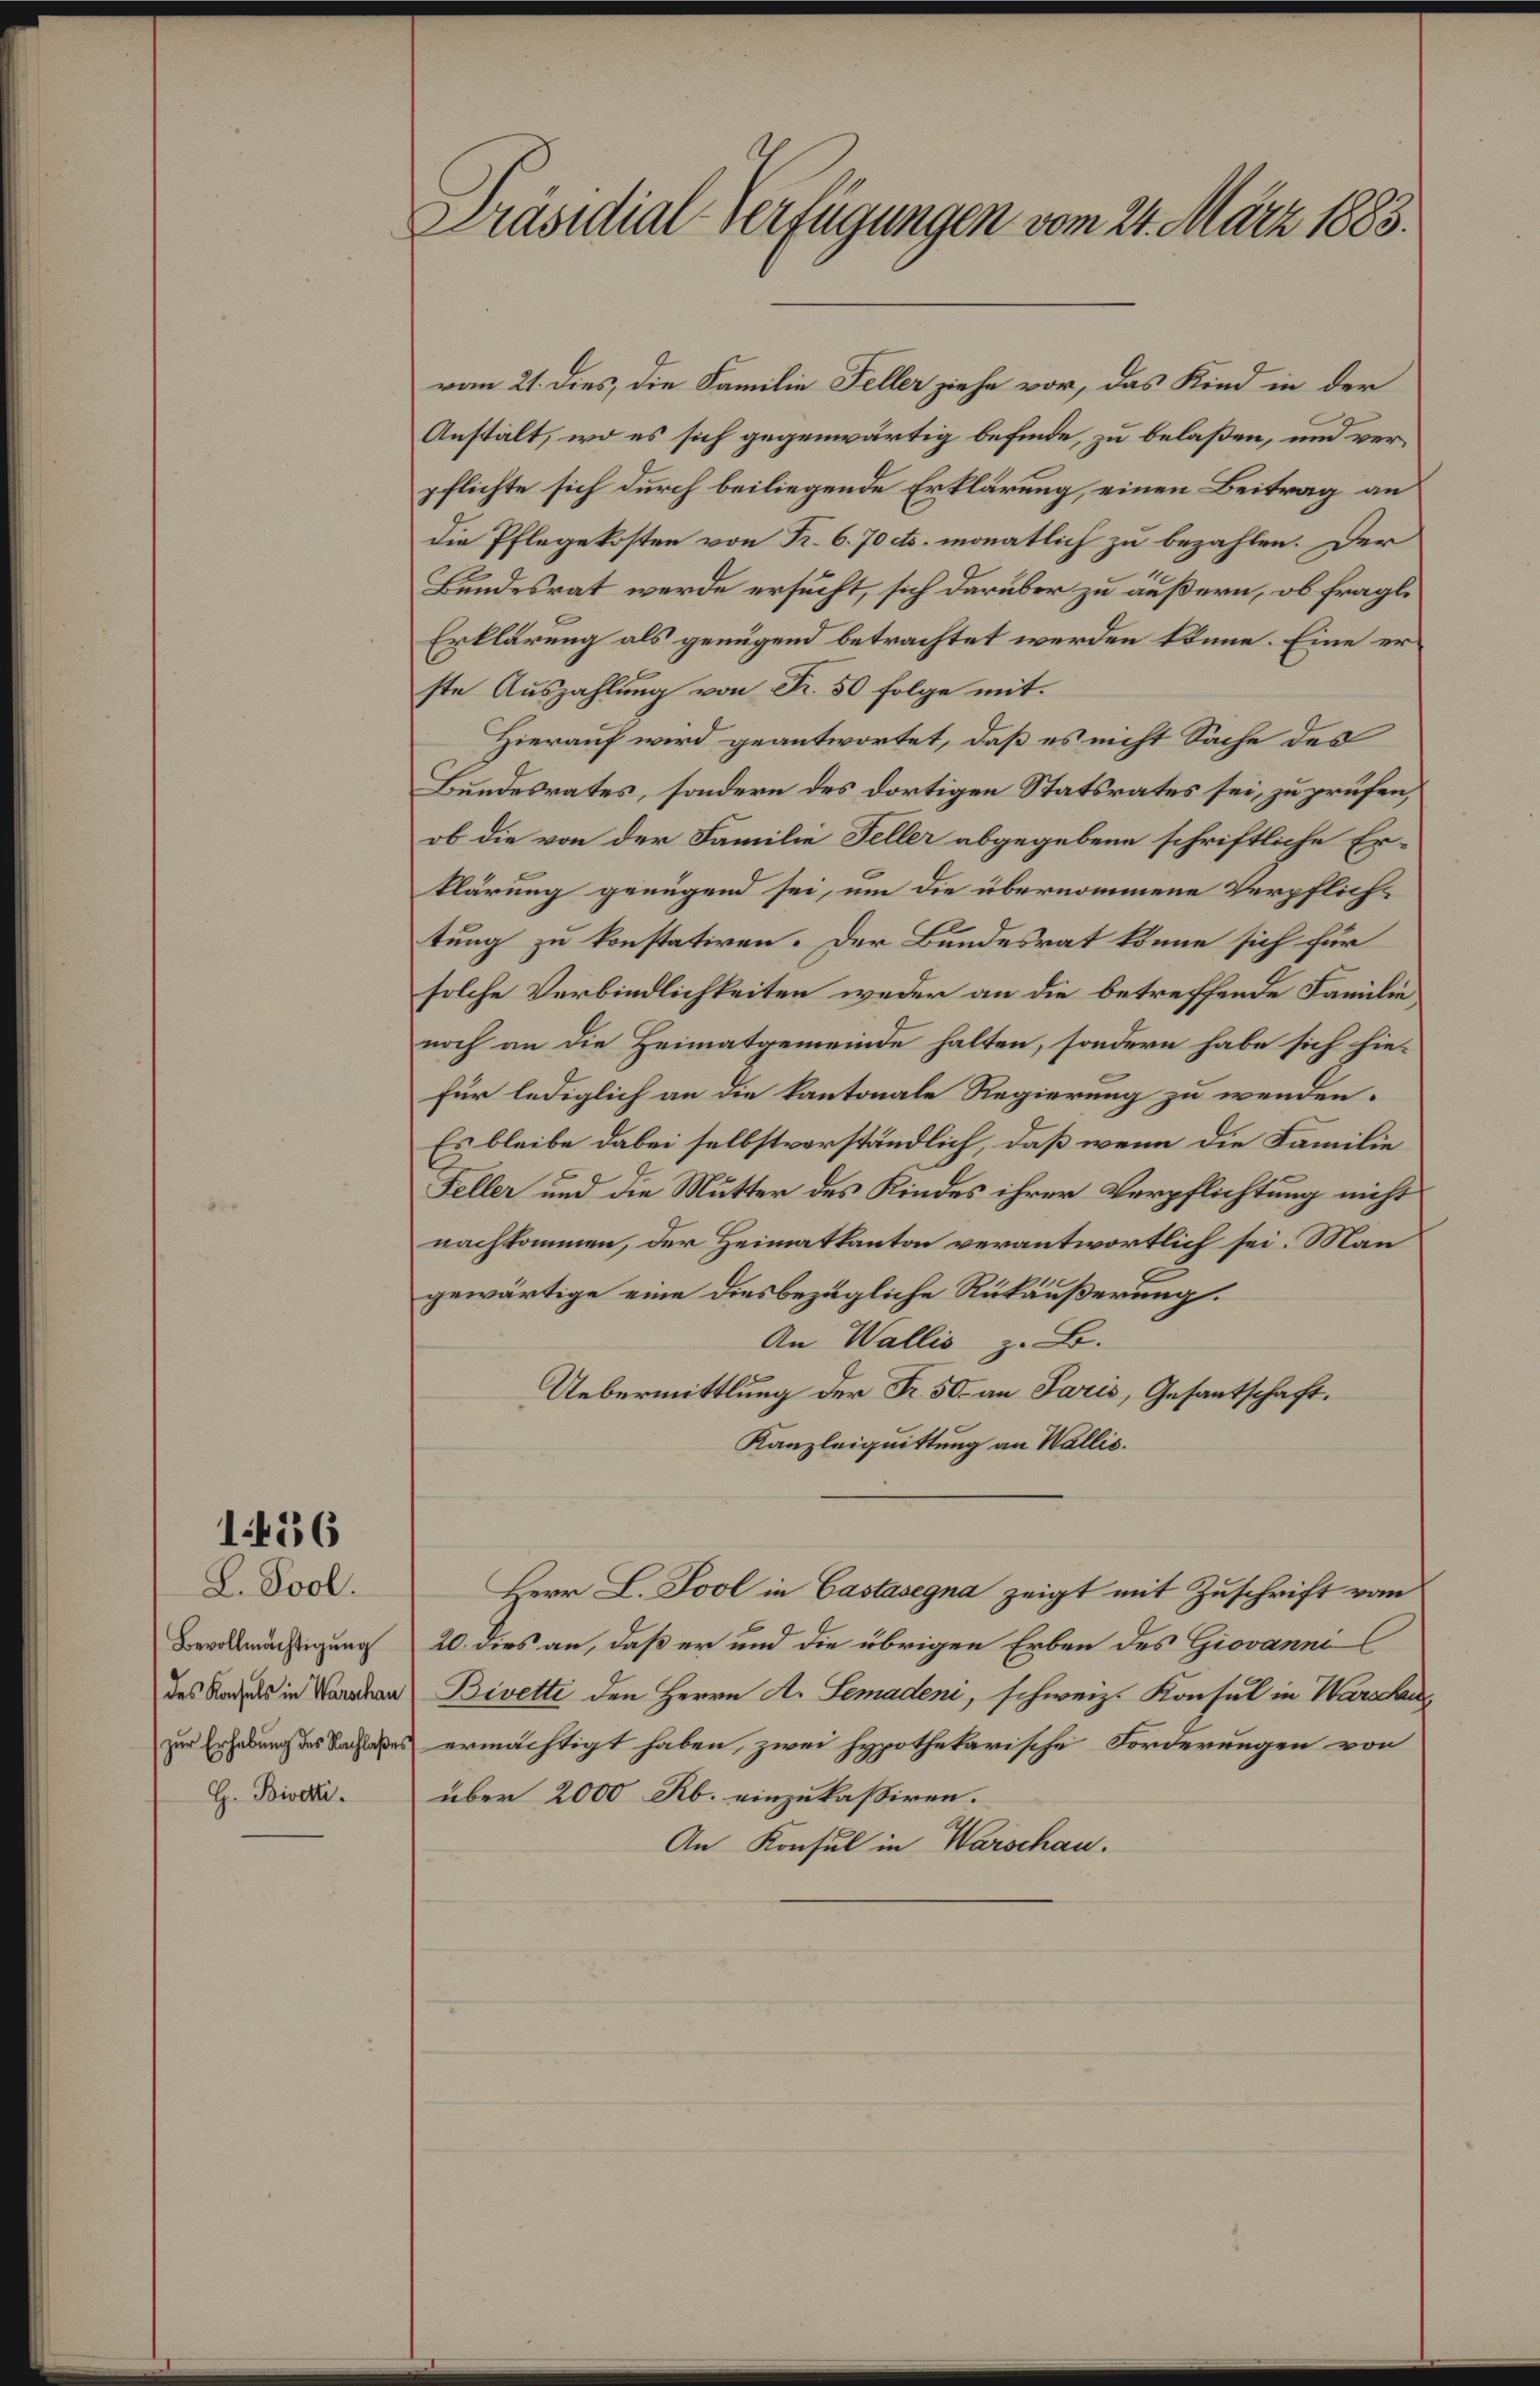
1456

L. Pool.
Bevollmächtigung
des Konsuls in Warschau
zur Erhabung des Nachlaße
G. Bisetti.

Präsidial-Verfügungen vom 24. März 1883.

vom 21. dies, die Familie Feller ziehe vor, das Kind in der
Anstält, wo es sich gegenwärtig befinde, zu belaßen, und verpflichte sich durch beiliegende Erklärung, einen Beitrag an
die Pflegekosten von Fr. 6. 70 cts. monatlich zu bezahlen. Der
Bundesrat werde ersucht, sich darüber zu äußern, ob fragl.
Erklärung als genügend betrachtet werden könne. Eine erste Auszahlung von Fr. 50 folge mit
Hierauf wird geantwortet, daß es nicht Sache des
Bundesrates, sondern des dortigen Statsrates sei, zu prüfen,
ob die von der Familie Feller abgegebene schriftliche Erklärung genügend sei, um die übernommene Verpflich-
tung zu konstatiren. Der Bundesrat könne sich für
solche Verbindlichkeiten weder an die betreffende Familienoch an die Heimatgemeinde halten, sondern habe sich hie¬
Für lediglich an die kantonale Regierung zu wenden.
Es bleibe dabei selbstverständlich, daß wenn die Familie
Feller und die Mutter des Kindes ihrer Verpflichtung nicht
nachkommen, der Heimatkanton verantwortlich sei. Man
gewärtige eine diesbezügliche Rükäußerung.
An Wallis z. B.
Uebermittlung der Fr. 50 an Paris, Gesantschaft.
Kanzleiquittung an Wallis.
Herr L. Pool in Castasegna zeigt mit Zuschrift vom
20. dies an, daß er und die übrigen Erben des Giovanni
Bivetti den Herrn A. Lemaden, schweiz. Konsul in Warschau
ermächtigt haben, zwei hypothekarische Forderungen von
über 2000 Rb. einzukasiren.
An Konsul in Warschau.